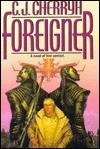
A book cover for Foreigner; C. J. Cherryh; Science Fiction & Fantasy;